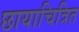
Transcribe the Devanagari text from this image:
छायाचित्रित